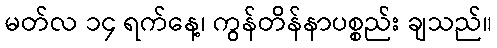
မတ်လ ၁၄ ရက်နေ့၊ ကွန်တိန်နာပစ္စည်း ချသည်။